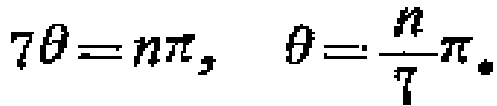
$7\theta = n\pi,\ \theta=\frac{n}{7}\pi$